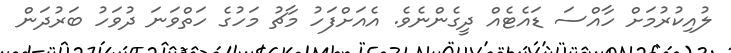
ލުއިކުރުމަށް ހާއްސަ ޑައެޓެއް ދީގެންނެވެ. އެއަށްފަހު މާޗު މަހުގެ ހަތްވަނަ ދުވަހު ބަރުދަން